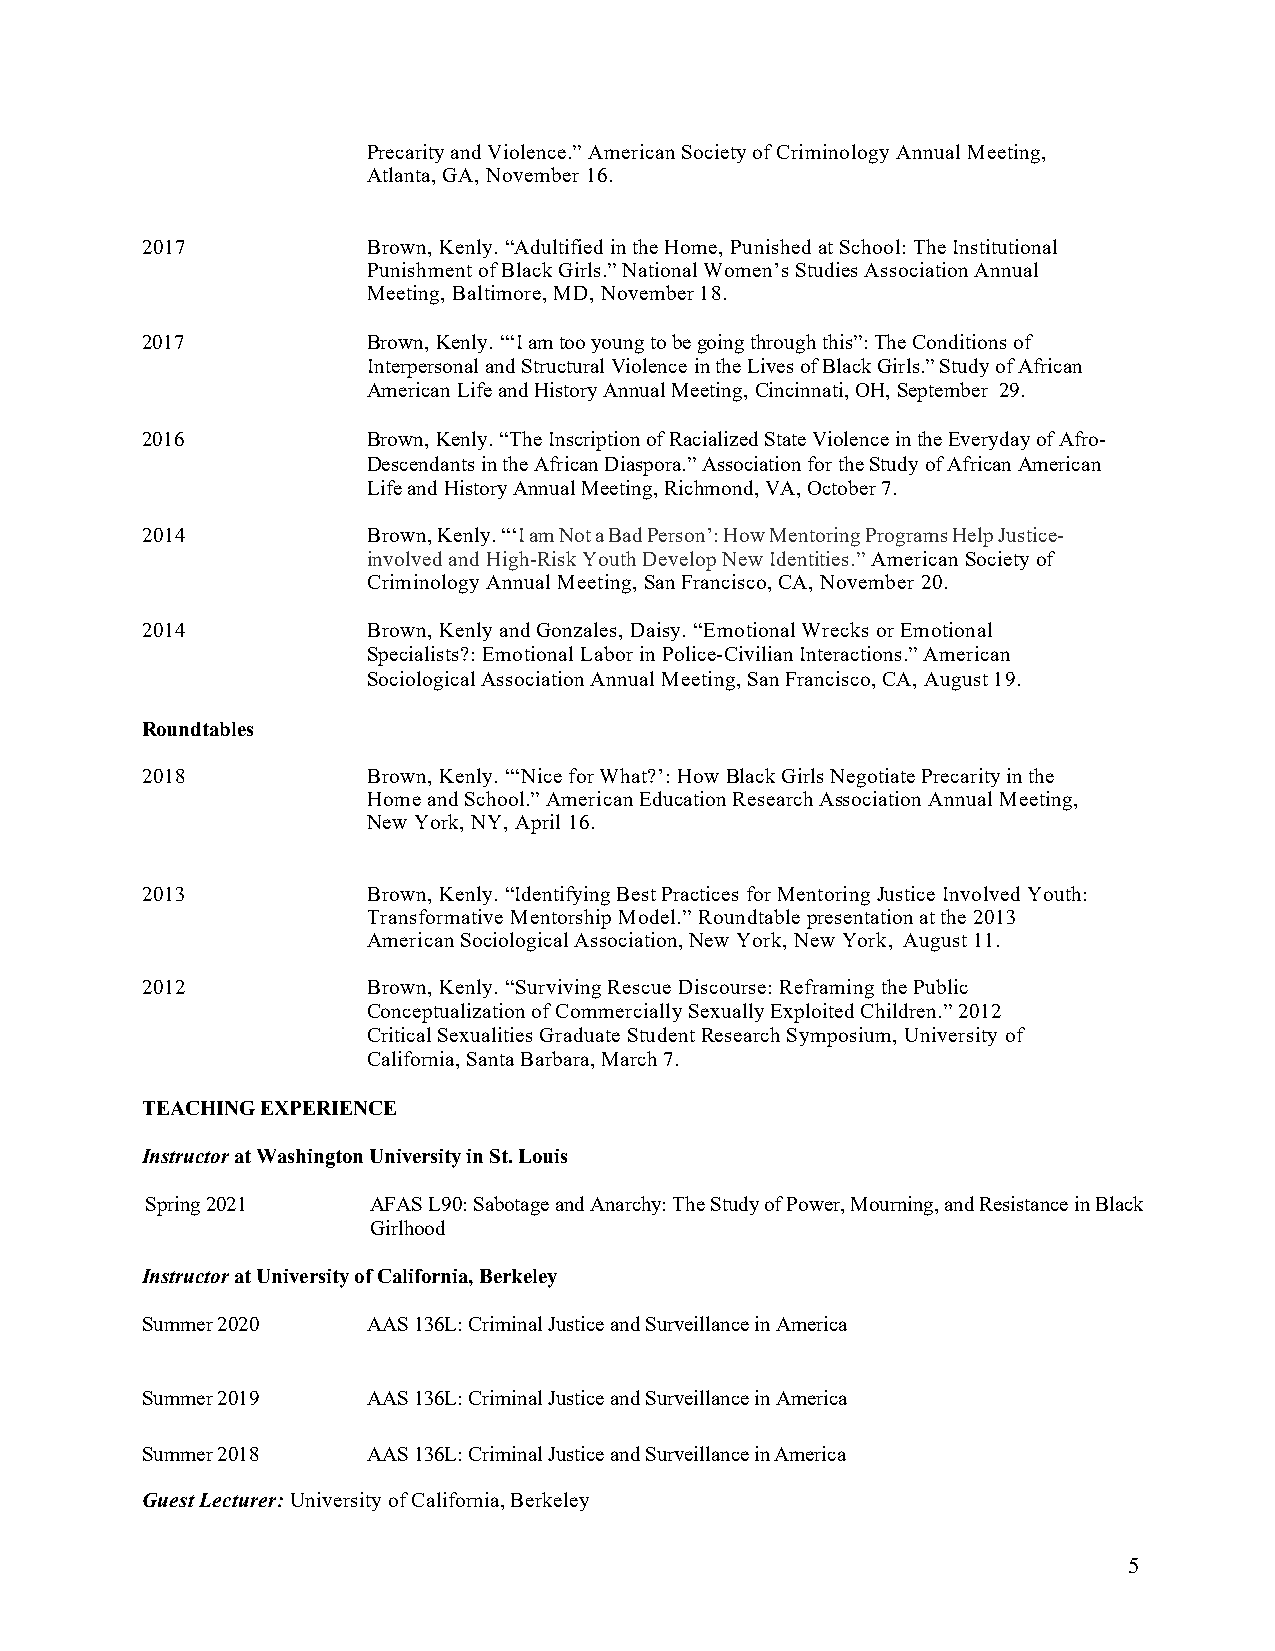
Precarity and Violence.” American Society of Criminology Annual Meeting,
 Atlanta, GA, November 16.
 2017           Brown, Kenly. “Adultified in the Home, Punished at School: The Institutional
 Punishment of Black Girls.” National Women’s Studies Association Annual
 Meeting, Baltimore, MD, November 18.
 2017           Brown, Kenly. “‘I am too young to be going through this”: The Conditions of
 Interpersonal and Structural Violence in the Lives of Black Girls.” Study of African
 American Life and History Annual Meeting, Cincinnati, OH, September 29.
 2016           Brown, Kenly. “The Inscription of Racialized State Violence in the Everyday of Afro-
 Descendants in the African Diaspora.” Association for the Study of African American
 Life and History Annual Meeting, Richmond, VA, October 7.
 2014           Brown, Kenly. “‘I am Not a Bad Person’: How Mentoring Programs Help Justice-
 involved and High-Risk Youth Develop New Identities.” American Society of
 Criminology Annual Meeting, San Francisco, CA, November 20.
 2014           Brown, Kenly and Gonzales, Daisy. “Emotional Wrecks or Emotional
 Specialists?: Emotional Labor in Police-Civilian Interactions.” American
 Sociological Association Annual Meeting, San Francisco, CA, August 19.
 Roundtables
 2018           Brown, Kenly. “‘Nice for What?’: How Black Girls Negotiate Precarity in the
 Home and School.” American Education Research Association Annual Meeting,
 New York, NY, April 16.
 2013           Brown, Kenly. “Identifying Best Practices for Mentoring Justice Involved Youth:
 Transformative Mentorship Model.” Roundtable presentation at the 2013
 American Sociological Association, New York, New York, August 11.
 2012           Brown, Kenly. “Surviving Rescue Discourse: Reframing the Public
 Conceptualization of Commercially Sexually Exploited Children.” 2012
 Critical Sexualities Graduate Student Research Symposium, University of
 California, Santa Barbara, March 7.
 TEACHING EXPERIENCE
 Instructor at Washington University in St. Louis
 Spring 2021   AFAS L90: Sabotage and Anarchy: The Study of Power, Mourning, and Resistance in Black
 Girlhood
 Instructor at University of California, Berkeley
 Summer 2020    AAS 136L: Criminal Justice and Surveillance in America
 Summer 2019    AAS 136L: Criminal Justice and Surveillance in America
 Summer 2018    AAS 136L: Criminal Justice and Surveillance in America
 Guest Lecturer: University of California, Berkeley
 5